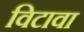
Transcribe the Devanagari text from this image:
विटावा